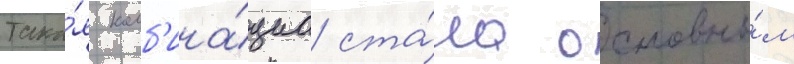
Така́я комб'ина́циа ста́ла основны́м